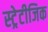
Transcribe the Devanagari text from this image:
स्ट्रेटीजिक